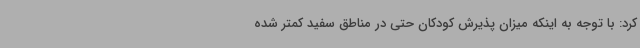
کرد: با توجه به اینکه میزان پذیرش کودکان حتی در مناطق سفید کمتر شده